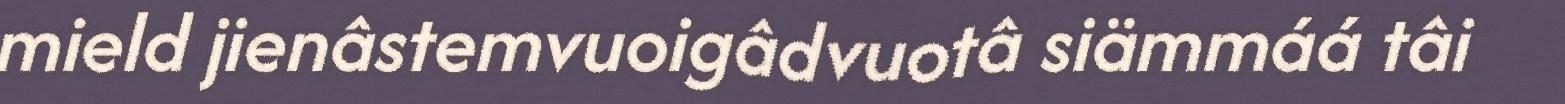
mield jienâstemvuoigâdvuotâ siämmáá tâi